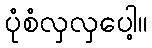
ပုံစံလှလှပေါ့။